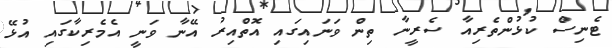
ޓެނިސް ކުޅުންތެރިއާ ސެރީނާ ތިން ވަނައިގައި އޮތްއިރު އޭނާ ވަނީ އެމެރިކާގައި އުޅޭ